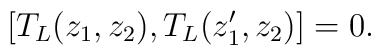
[T_L (z_1 , z_2 ), T_L (z'_1 , z_2 )]=0.